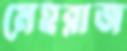
মেহরাজ